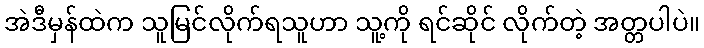
အဲဒီမှန်ထဲက သူမြင်လိုက်ရသူဟာ သူ့ကို ရင်ဆိုင် လိုက်တဲ့ အတ္တပါပဲ။